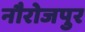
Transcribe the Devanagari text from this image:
नौरोजपुर